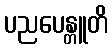
ပညပေန္တူတိ